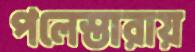
পলেস্তারায়